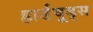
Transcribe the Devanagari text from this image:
हार्डवूड्स